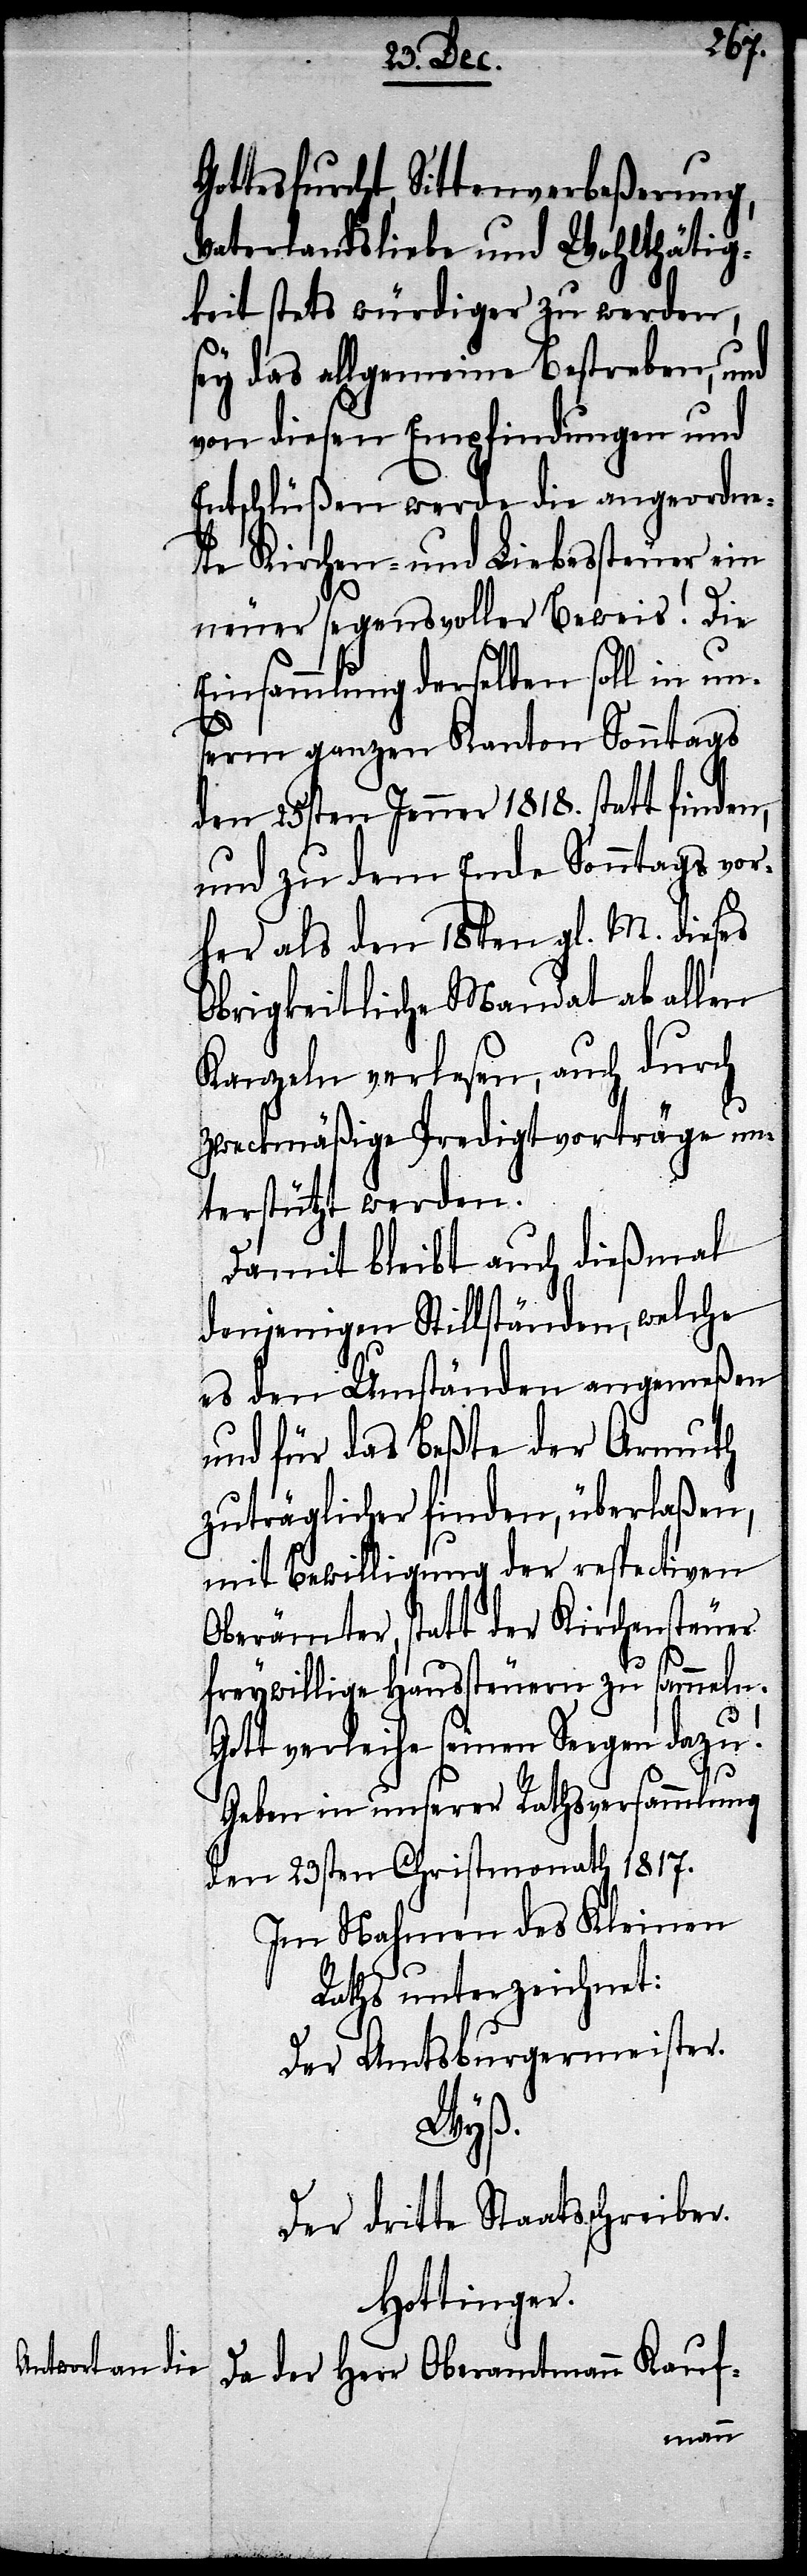
Gottesfurcht, Sittenverbeßerung,
Vaterlandsliebe und Wohlthätig¬
keit stets würdiger zu werden,
sey das allgemeine Bestreben, und
von diesen Empfindungen und
Entschlüßen werde die angeordne¬
te Kirchen- und Liebessteuer ein
neuer segensvoller Beweis. Die
Einsammlung derselben soll in un¬
serm ganzen Kanton Sonntags
den 25sten Jenner 1818. statt finden,
und zu dem Ende Sonntags vor¬
her als den 18ten gl. M. dieses
Obrigkeitliche Mandat ab allen
Kanzeln verlesen, auch durch
zweckmäßige Predigtvorträge un¬
terstützt werden.
Damit bleibt auch dießmal
denjenigen Stillständen, welche
es den Umständen angemeßen
und für das Beßte der Armuth
zuträglicher finden, überlaßen,
mit Bewilligung der respectiven
Oberämter, statt der Kirchensteuer
freywillige Haussteuern zu sammeln.
Gott verleihe seinen Seegen dazu!
Geben in unserer Rathsversammlung
den 23sten Christmonath 1817.
Im Nahmen des Kleinen
Raths unterzeichnet:
Der Amtsburgermeister
Wyß.
Der dritte Staatsschreiber
Hottinger.
Da der Herr Oberamtmann Kauf-